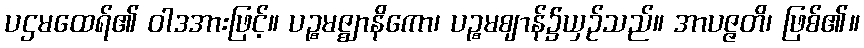
ပဌမထေရ်၏ ဝါဒအားဖြင့်။ ပဉ္စမဇ္ဈာနိကော၊ ပဉ္စမဈာန်၌ယှဉ်သည်။ အာပဇ္ဇတိ၊ ဖြစ်၏။